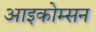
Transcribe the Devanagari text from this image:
आइकोम्सन